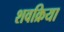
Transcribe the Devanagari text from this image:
शवक्रिया